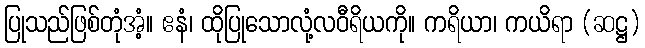
ပြုသည်ဖြစ်တုံအံ့။ ဧနံ၊ ထိုပြုသောလုံ့လဝီရိယကို။ ကရိယာ၊ ကယိရာ (ဆဋ္ဌ)